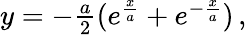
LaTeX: \begin{array}{r}{y=-\frac{a}{2}(e^{\frac{x}{a}}+e^{-\frac{x}{a}})\, ,}\end{array}